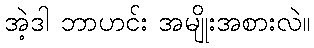
အဲ့ဒါ ဘာဟင်း အမျိုးအစားလဲ။